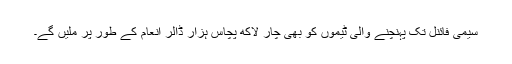
سیمی فائنل تک پہنچنے والی ٹیموں کو بھی چار لاکھ پچاس ہزار ڈالر انعام کے طور پر ملیں گے۔